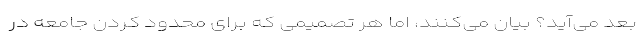
بعد می‌آید؟ بیان می‌کنند، اما هر تصمیمی که برای محدود کردن جامعه در